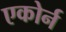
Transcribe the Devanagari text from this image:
एकोर्न